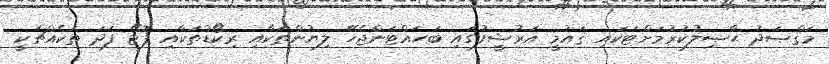
މަޤްޞަދު ޙާޞިލުކުރުމަށްޓަކައި ޤައުމީ އަރުޝީފުގައި ބަހައްޓަންޖެހޭ ލިޔުންތަކާއި ރިކޯޑުތަކާއި ފޮޓޯ ފަދަ ތަކެއްޗަކީ